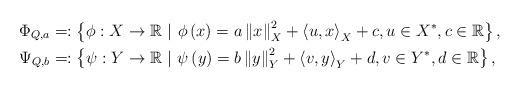
LaTeX: \begin{align*}\Phi_{Q,a} & =:\left\{ \phi:X\to\mathbb{R}\ |\ \phi\left(x\right)=a\left\Vert x\right\Vert_X ^{2}+\left\langle u,x\right\rangle_X + c,u\in X^*,c\in\mathbb{R}\right\}, \\\Psi_{Q,b} & =:\left\{ \psi:Y\to\mathbb{R}\ |\ \psi\left(y\right)=b\left\Vert y\right\Vert_Y ^{2}+\left\langle v,y\right\rangle_Y + d,v\in Y^*,d\in\mathbb{R}\right\},\end{align*}